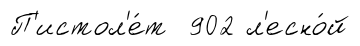
П'истол'е́т 902 л'есно́й